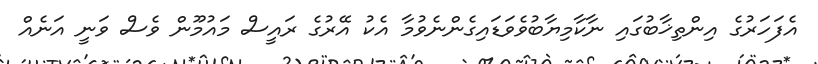
އެފަހަރުގެ އިންތިޚާބުގައި ނާކާމިޔާބުވެވަޑައިގެންނެވުމާ އެކު އޭރުގެ ރައީސް މައުމޫން ވެސް ވަނީ އަނެއް